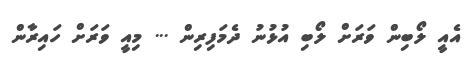
އެއީ ލޯބިން ވަރަށް ލޯބި އުޅުނު ދެމަފިރިން ... މިއީ ވަރަށް ހައިރާން